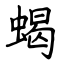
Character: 蝎